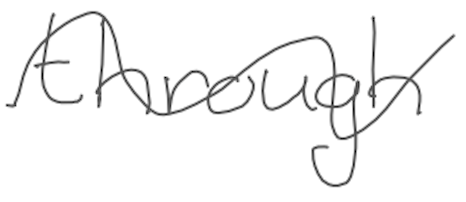
Text: through
Cross-out: wave
Writing tool: digital_gray